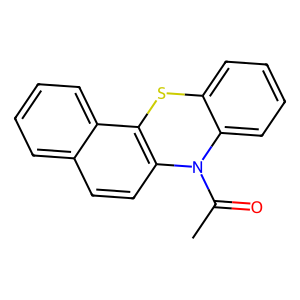
SMILES: CC(=O)N1c2ccccc2Sc2c1ccc1ccccc21
Inhibits HIV replication: No